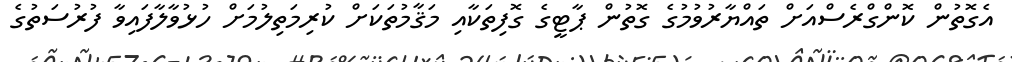
އެގޮތުން ކޮންގްރެސްއަށް ތައްޔާރުވުމުގެ ގޮތުން ޕާޓީގެ ގޮފިތަކާއި މަޤާމުތަކަށް ކުރިމަތިލުމަށް ހުޅުވާލާފައިވާ ފުރުސަތުގެ